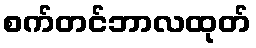
စက်တင်ဘာလထုတ်